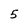
Character: 5